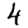
Digit: 4